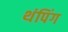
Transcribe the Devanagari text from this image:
थंपिंग